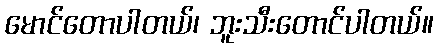
မောင်တောပါတယ်၊ ဘူးသီးတောင်ပါတယ်။